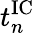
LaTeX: t_{n}^{\mathrm{IC}}